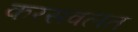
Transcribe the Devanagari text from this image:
करसवलत